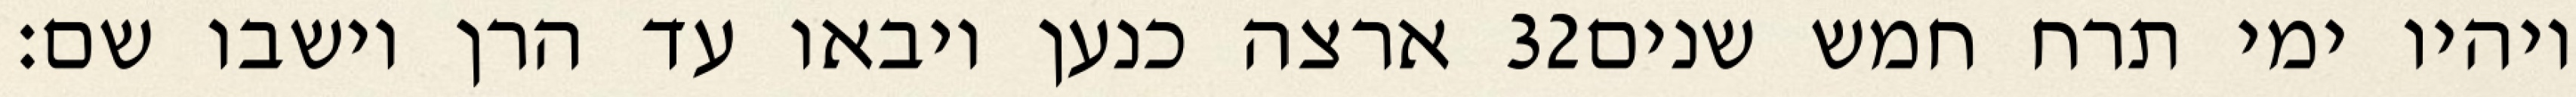
ארצה כנען ויבאו עד הרן וישבו שם׃ ‎32‏ ויהיו ימי תרח חמש שנים